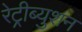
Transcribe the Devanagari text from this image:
रेट्रीब्युशन